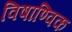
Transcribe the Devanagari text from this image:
विषाण्विक